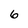
Character: 6